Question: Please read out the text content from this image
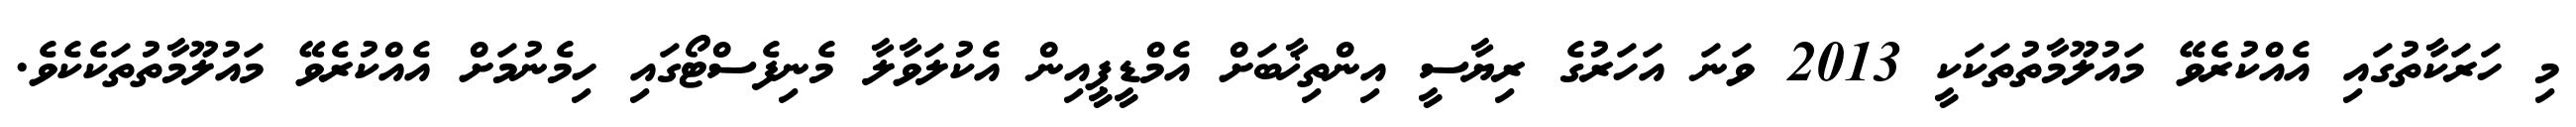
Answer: މި ހަރަކާތުގައި އެއްކުރެވޭ މައުލޫމާތުތަކަކީ 2013 ވަނަ އަހަރުގެ ރިޔާސީ އިންތިޚާބަށް އެމްޑީޕީއިން އެކުލަވާލާ މެނިފެސްޓޯގައި ހިމެނުމަށް އެއްކުރެވޭ މައުލޫމާތުތަކެކެވެ.